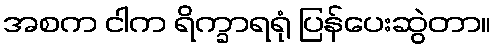
အစက ငါက ရိက္ခာရရုံ ပြန်ပေးဆွဲတာ။